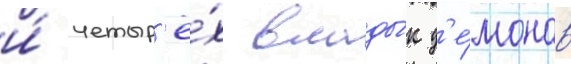
и́ четыр'ё́х влады́к д'е́монов